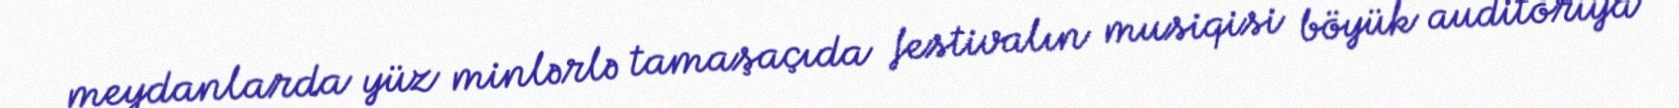
meydanlarda yüz minlərlə tamaşaçıda festivalın musiqisi böyük auditoriya